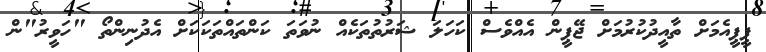
ޕީޕީއެމަށް ތާއީދުކުރުމަށް ޖޭޕީން އެއްވެސް ކަހަލަ ޝަރުތުތަކެއް ނުވަތަ ކަންތައްތަކަކަށް އެދުނިންތޯ "ހަވީރު"ން